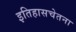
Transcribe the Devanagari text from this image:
इतिहासचेतना